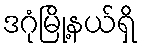
ဒဂုံမြို့နယ်ရှိ